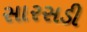
સારસડી